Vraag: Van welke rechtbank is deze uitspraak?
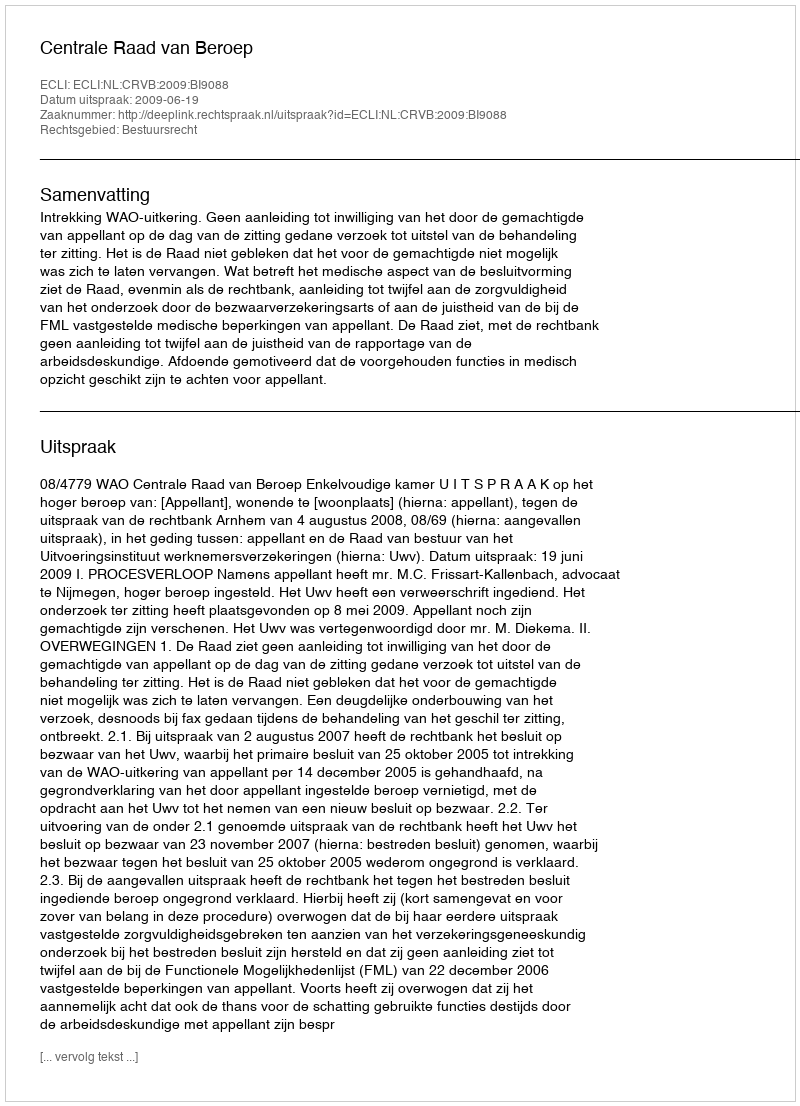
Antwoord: Centrale Raad van Beroep